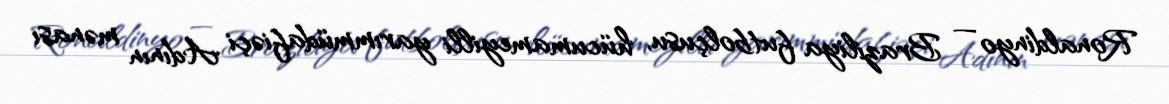
Ronaldinyo — Braziliya futbolçusu, hücumameyilli yarımmüdafiəçi Adının mənası